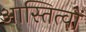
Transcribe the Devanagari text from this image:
आस्तित्वों